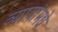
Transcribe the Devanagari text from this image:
व्यायांमधे